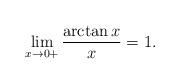
LaTeX: \begin{align*}\lim_{x\to 0+}\frac{\arctan x}{x}=1.\end{align*}